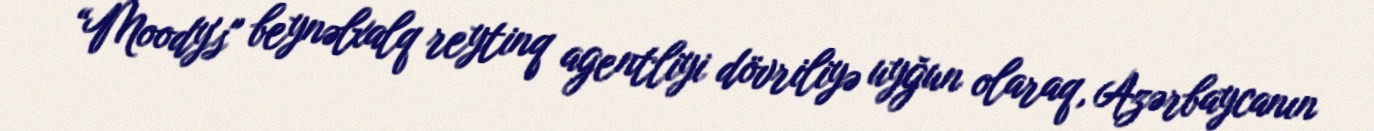
“Moody's" beynəlxalq reytinq agentliyi dövriliyə uyğun olaraq, Azərbaycanın